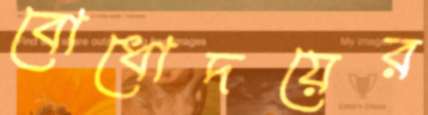
বোধোদয়ের